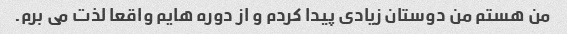
من هستم من دوستان زیادی پیدا کردم و از دوره هایم واقعا لذت می برم.